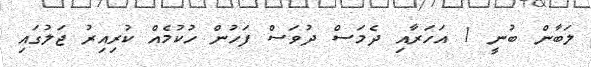
ލަބާން ބުނީ 1 އަހަރާއި ދެމަސް ދުވަސް ފަހުން ހުކުމެއް ކުރިއިރު ޖަލުގައި